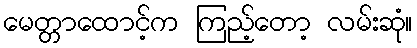
မေတ္တာထောင့်က ကြည့်တော့ လမ်းဆုံ။